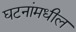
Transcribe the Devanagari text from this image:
घटनांमधील